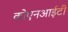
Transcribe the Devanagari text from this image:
कोएनआईटी